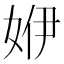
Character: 𡜬